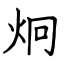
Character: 炯